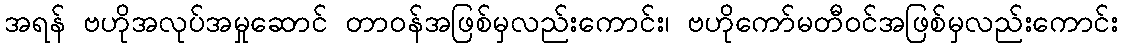
အရန် ဗဟိုအလုပ်အမှုဆောင် တာဝန်အဖြစ်မှလည်းကောင်း၊ ဗဟိုကော်မတီဝင်အဖြစ်မှလည်းကောင်း